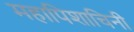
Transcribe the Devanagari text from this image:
महापिशाचिनी